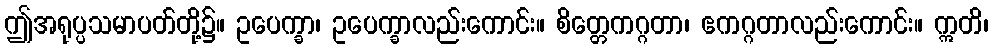
ဤအရုပ္ပသမာပတ်တို့၌။ ဥပေက္ခာ၊ ဥပေက္ခာလည်းကောင်း။ စိတ္တေကဂ္ဂတာ၊ ဧကဂ္ဂတာလည်းကောင်း။ ဣတိ၊